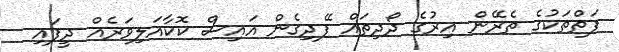
ފަތްތަކުގެ ތެރޭން އިރުގެ ދޯދިތައް ފޭދިގެން އައިސް ކޮކާއަލިވަރެއް ދީފައި